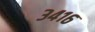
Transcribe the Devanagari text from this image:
३४१६